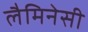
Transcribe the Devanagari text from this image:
लैमिनेसी